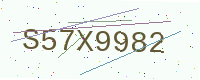
Text: S57X9982